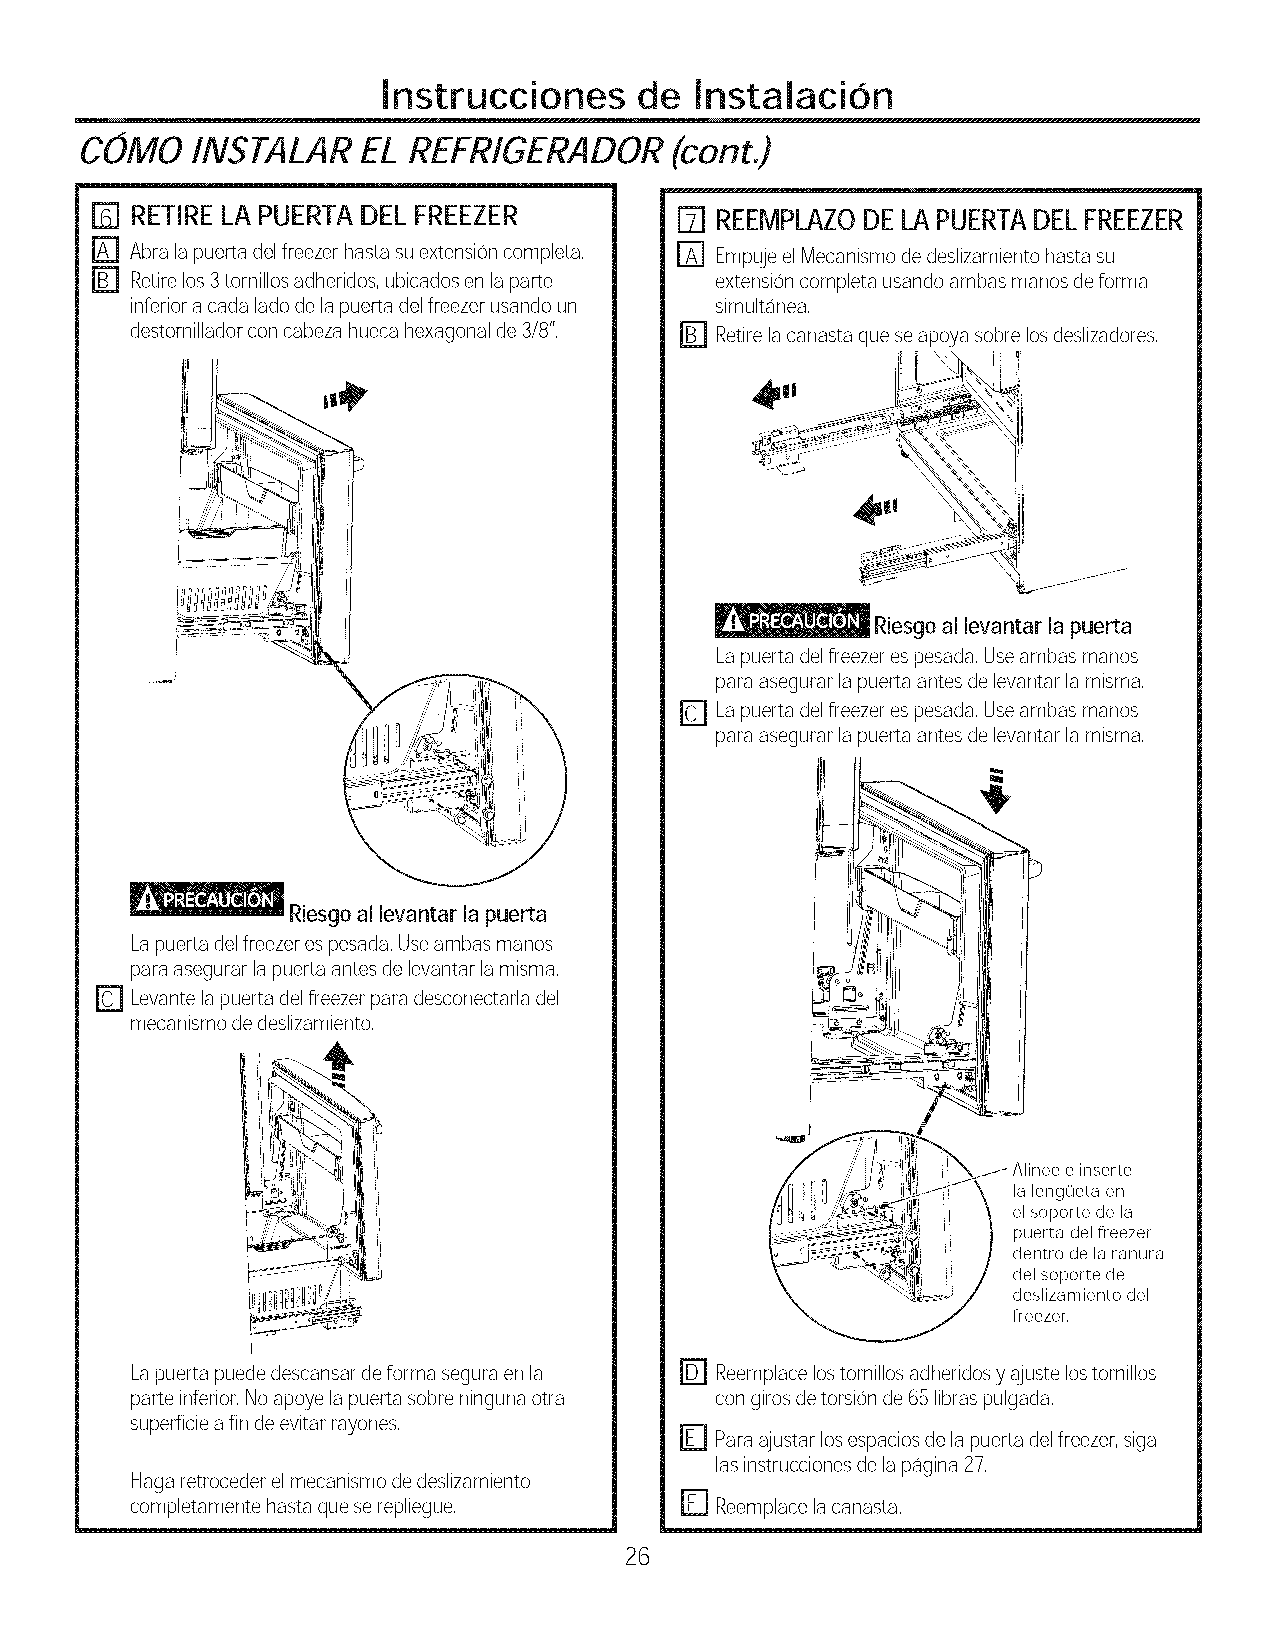
Instrucciones    de  InstalaciOn
 COMO    INSTALAR   EL REFRIGERADOR      (cont.)
 E] RETIRELA PUERTA DEL FREEZER         [71REEMPLAZODELAPUERTADELFREEZER
 E] Abralapuertadelfreezerhastasuextensioncompleta, r_ EmpujeelMecanismodedeslizamientohastasu
 r_ Retirelos3tornillosadheridos,ubicadosenlaparte extensioncompleta usandoambasmanesdeforma
 inferioracadaladedelapuertadelfreezerusandoun sirnultanea,
 destornilladorconcabezahuecahexagonalde3/8", E] Retirelacanastaqueseapoya sobrelosdeslizadores,
 _          Riesgo al levantar la puerta
 Lapuerta delfreezerespesada,Useambasmanes
 paraasegurarlapuertaantesdelevantarlamisma,
 r_ Lapuerta delfreezerespesada,Useambasrnanos
 paraasegurarlapuertaantesdelevantarlamisma,
 Riesgo al levantar la puerta
 Lapuerta delfreezerespesada,Useambasmanes
 paraasegurarlapuertaantesdelevantarlamisma,
 [] Levantelapuertadelfreezerparadesconectarladel
 mecanismodedeslizamiento,
 iii    Alinee e inserte
 j     _  ii ii _, el soporte de la
 ___            puerta del freezer
 _  _...... ' i i dentro de la ranura
 i_z  _-_; ddeelsliszoapmoiretentodedel
 freezer,
 Lapuerta puededescansardeforma seguraenla r_ Reemplacelostornillosadhericlosyajustelostornillos
 parteinferior,Noapoyelapuerta sobreningunaotra congirosdetorsionde65libraspulgada,
 superficieafindeevitarrayones,
 F] Paraajustarlosespaciosdelapuertaclelfreezer,siga
 lasinstruccionesdelapagina27,
 Hagaretrocederelmecanismodedeslizamiento
 completamente basraqueserepliegue,  F] Reemplacelacanasta,
 26